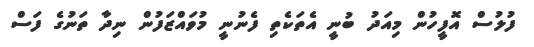
ފުލުސް އޮފީހުން މިއަދު ބުނީ އެތަކެތި ފެނުނީ މުވައްޒަފުން ނިދާ ތަނުގެ ފަސް